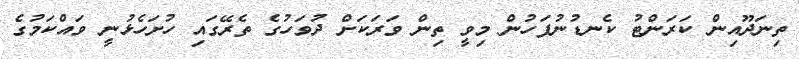
ތިނަދޫއިން ކަރަންޓު ކެނޑުނުފަހުން މިވީ ތިން ވަރަކަށް ދުވަހުގެ ތެރޭގައި ހުށަހެޅުނީ ވައްކަމުގެ